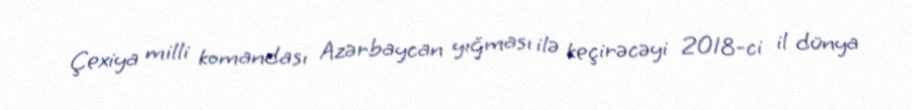
Çexiya milli komandası Azərbaycan yığması ilə keçirəcəyi 2018-ci il dünya